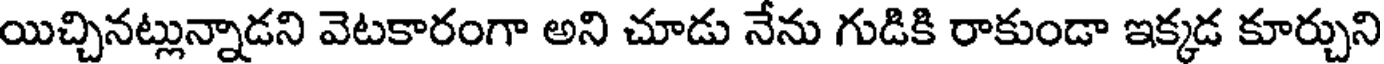
యిచ్చినట్లున్నాడని వెటకారంగా అని చూడు నేను గుడికి రాకుండా ఇక్కడ కూర్చుని